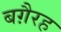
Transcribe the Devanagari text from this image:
बग़ैरह